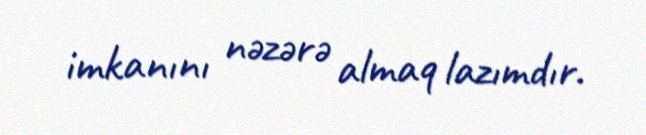
imkanını nəzərə almaq lazımdır.